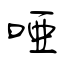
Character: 啞